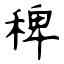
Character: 稗